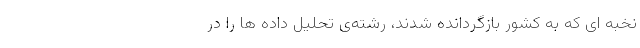
نخبه­ ای که به کشور بازگردانده شدند، رشته‌ی تحلیل ­داده­ ها را در